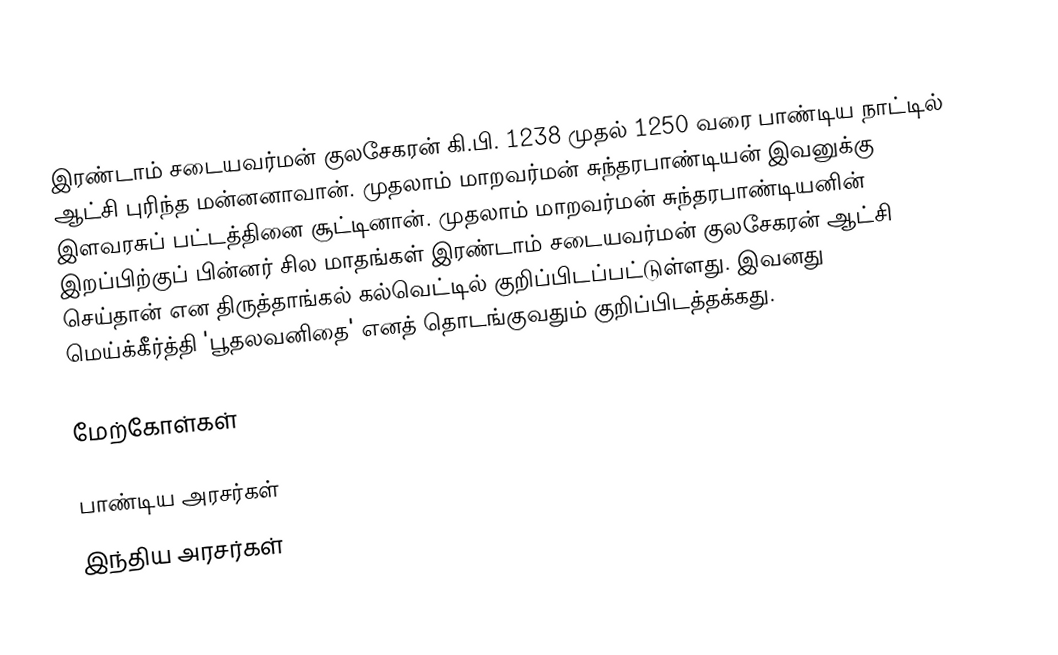
இரண்டாம் சடையவர்மன் குலசேகரன் கி.பி. 1238 முதல் 1250 வரை பாண்டிய நாட்டில் ஆட்சி புரிந்த மன்னனாவான். முதலாம் மாறவர்மன் சுந்தரபாண்டியன் இவனுக்கு இளவரசுப் பட்டத்தினை சூட்டினான். முதலாம் மாறவர்மன் சுந்தரபாண்டியனின் இறப்பிற்குப் பின்னர் சில மாதங்கள் இரண்டாம் சடையவர்மன் குலசேகரன் ஆட்சி செய்தான் என திருத்தாங்கல் கல்வெட்டில் குறிப்பிடப்பட்டுள்ளது. இவனது மெய்க்கீர்த்தி 'பூதலவனிதை' எனத் தொடங்குவதும் குறிப்பிடத்தக்கது.

மேற்கோள்கள்

பாண்டிய அரசர்கள்
இந்திய அரசர்கள்